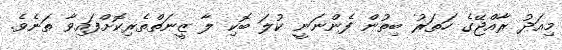
މިއަދު ރާއްޖޭގެ ހަތަރު ބިތުން ފެންނަނީ ކުލަ ބޮކި ލާ ޒީނަތްތެރިކޮށްފައިވާ ތަނެވެ.